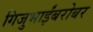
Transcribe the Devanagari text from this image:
गिजुभाईंबरोबर